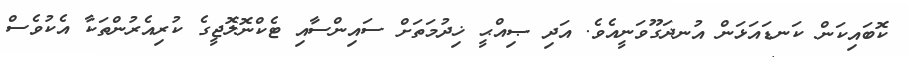
ކޮބައިކަން ކަނޑައަޅަން އުނދަގޫވަނީއެވެ. އަދި ޞިއްޙީ ޚިދުމަތަށް ސައިންސާއި ޓެކްނޮލޮޖީގެ ކުރިއެރުންތަކާ އެކުވެސް